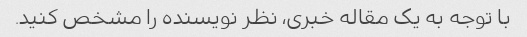
با توجه به یک مقاله خبری، نظر نویسنده را مشخص کنید.